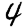
Digit: 4